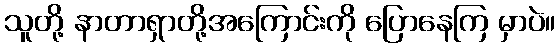
သူတို့ နာတာရှာတို့အကြောင်းကို ပြောနေကြ မှာပဲ။